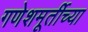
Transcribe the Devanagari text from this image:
गणेशमूर्तीच्या